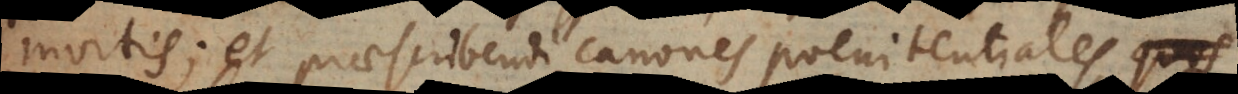
mortis; et praescribendi canones poenitentiales